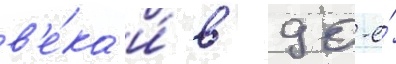
в'е́ка и́ в 90-е́